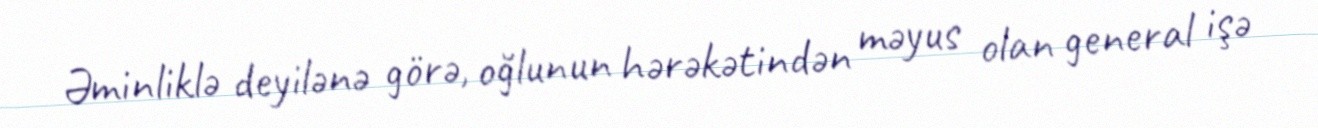
Əminliklə deyilənə görə, oğlunun hərəkətindən məyus olan general işə